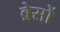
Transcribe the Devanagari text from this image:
ब्रेसों